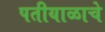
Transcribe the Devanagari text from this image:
पतीयाळाचे